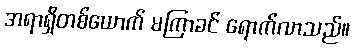
အရာရှိတစ်ယောက် မကြာခင် ရောက်လာသည်။